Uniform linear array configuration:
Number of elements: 64
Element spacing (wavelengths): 0.5
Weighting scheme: exponential
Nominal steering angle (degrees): -30
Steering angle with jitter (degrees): -28.265
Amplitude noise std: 0.05
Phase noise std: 0.05

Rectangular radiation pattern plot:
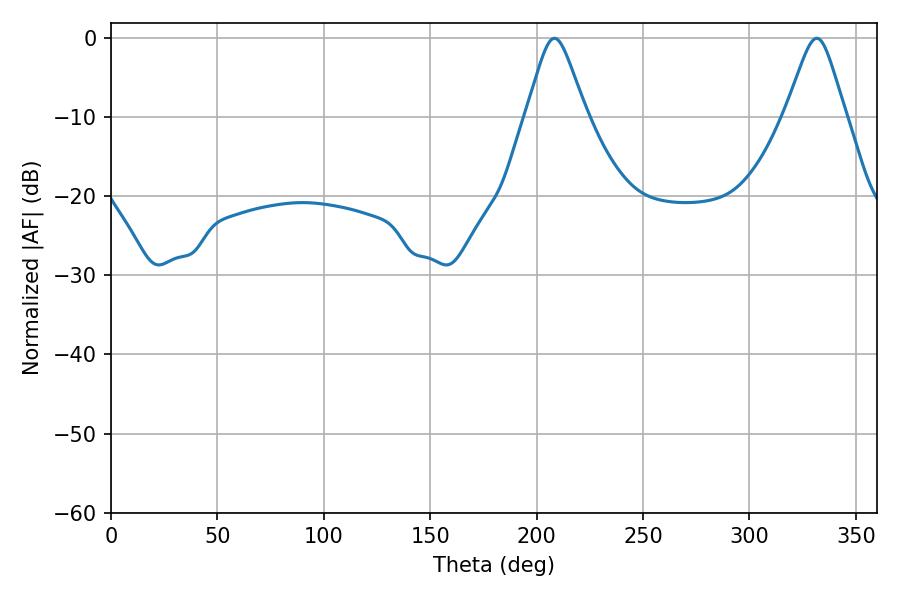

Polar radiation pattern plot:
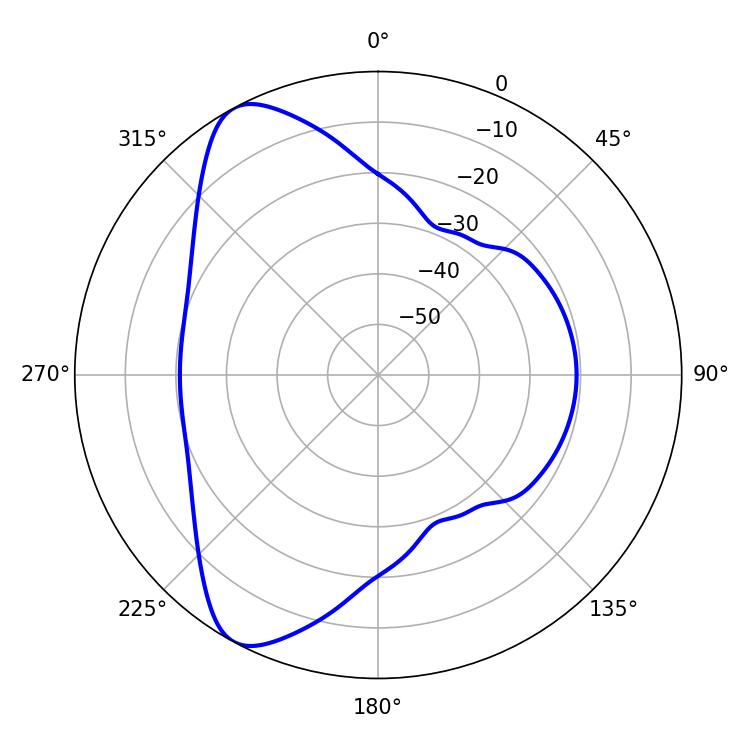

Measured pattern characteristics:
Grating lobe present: FALSE
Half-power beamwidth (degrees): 13.32
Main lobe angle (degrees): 208.44